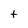
Character: t